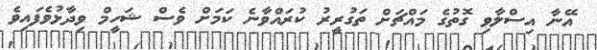
އޭނާ އިސްލާވި ގޮތުގެ މައްޗަށް ތަގުރީރު ކުރައްވާނެ ކަމަށް ވެސް ޝަހީމް ވިދާޅުވެފައިވެ